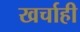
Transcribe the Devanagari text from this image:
खर्चाही